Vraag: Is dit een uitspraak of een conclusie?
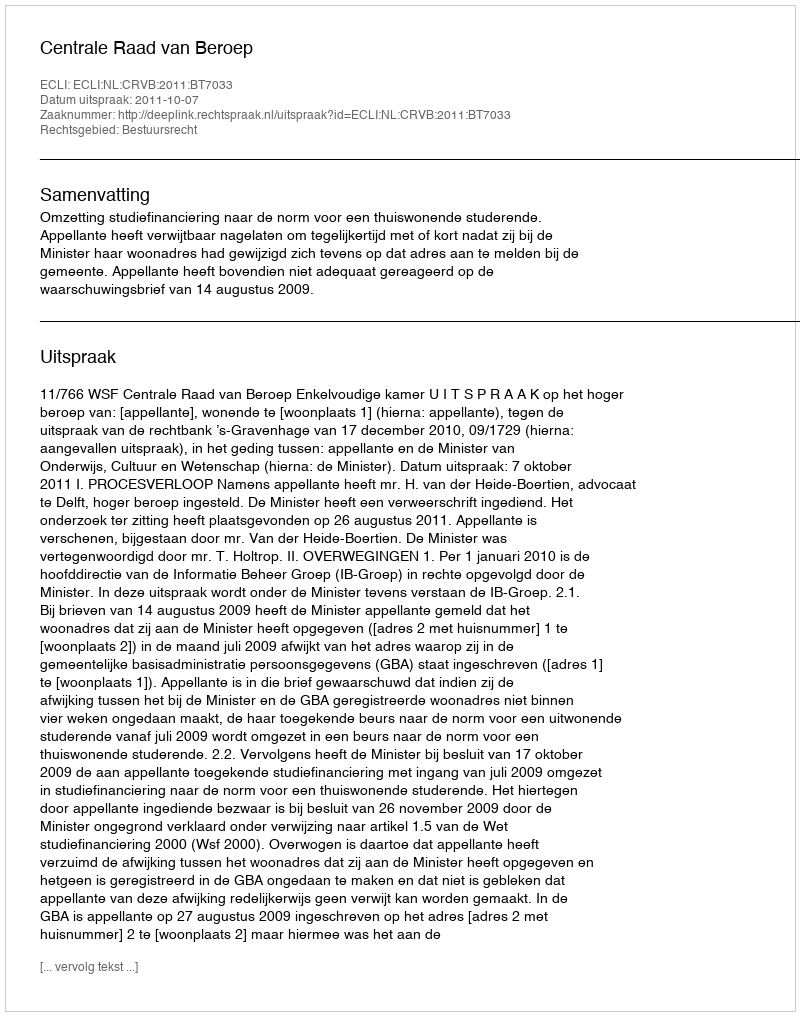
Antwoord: Uitspraak